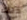
ذلك